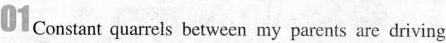
01 Constant quarrels between my parents are driving